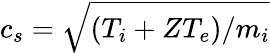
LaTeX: c_{s}=\sqrt{(T_{i}+ZT_{e})/m_{i}}